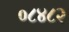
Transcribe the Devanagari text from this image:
०८४८२